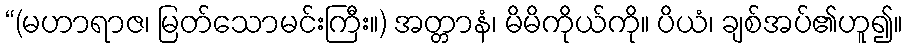
“(မဟာရာဇ၊ မြတ်သောမင်းကြီး။) အတ္တာနံ၊ မိမိကိုယ်ကို။ ပိယံ၊ ချစ်အပ်၏ဟူ၍။